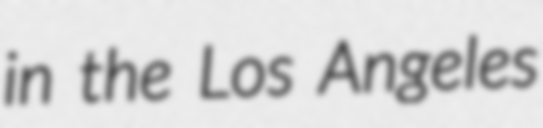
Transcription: in the Los Angeles